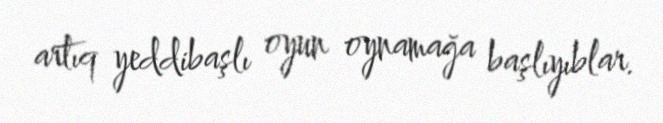
artıq yeddibaşlı oyun oynamağa başlıyıblar.